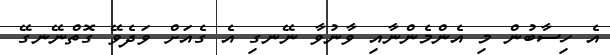
އެ ހިސާބުން މި އެންމެންނާއި ވާނުވާ ނޭނގި އެ ގެއަށް ވަދެވޭ ގޮތްނޭނގޭ